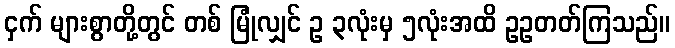
ငှက် များစွာတို့တွင် တစ် မြုံလျှင် ဥ ၃လုံးမှ ၅လုံးအထိ ဥဥတတ်ကြသည်။